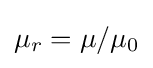
\mu _{r}=\mu /\mu _{0}